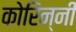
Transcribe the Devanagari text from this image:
कोरिन्नी